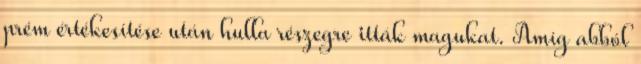
prém értékesítése után hulla részegre itták magukat. Amíg abból